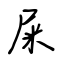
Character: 屎